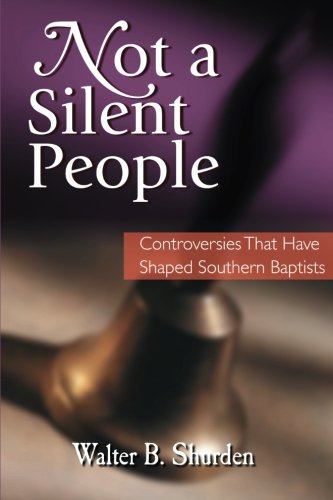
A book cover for Not a Silent People: Controversies That Have Shaped Southern Baptists; Walter B. Shurden; Christian Books & Bibles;